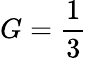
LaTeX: G=\frac{1}{3}